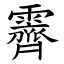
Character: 霽